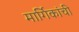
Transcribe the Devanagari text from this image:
मार्गिकांची